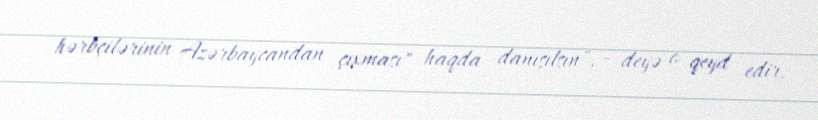
hərbçilərinin Azərbaycandan çıxması" haqda danışılsın", - deyə o qeyd edir.